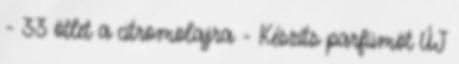
- 33 ötlet a citromolajra - Készíts parfümöt ÚJ